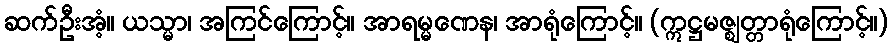
ဆက်ဦးအံ့။ ယသ္မာ၊ အကြင်ကြောင့်။ အာရမ္မဏေန၊ အာရုံကြောင့်။ (ဣဋ္ဌမဇ္ဈတ္တာရုံကြောင့်။)